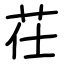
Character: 茌